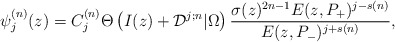
\begin{align*}\psi_j^{(n)}(z)=C_j^{(n)}\Theta\left(I(z)+{\cal D}^{j;n}|\Omega\right) {\sigma(z)^{2n-1} E(z, P_+)^{j-s(n)}\over E(z,P_-)^{j+s(n)}},\end{align*}